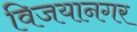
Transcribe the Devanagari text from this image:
विजयानगर